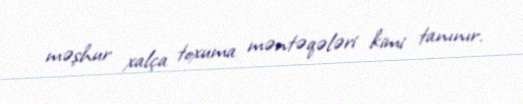
məşhur xalça toxuma məntəqələri kimi tanınır.